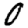
Digit: 0